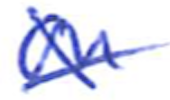
Text: on
Cross-out: cross
Writing tool: ballpoint